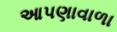
આપણાવાળા